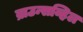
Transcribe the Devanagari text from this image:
ब्राउन्सव्हिल